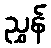
ညွှန်